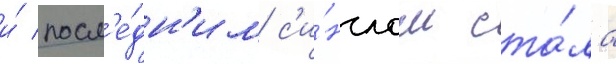
и́ посл'е́дн'им с'и́нглом ста́ла